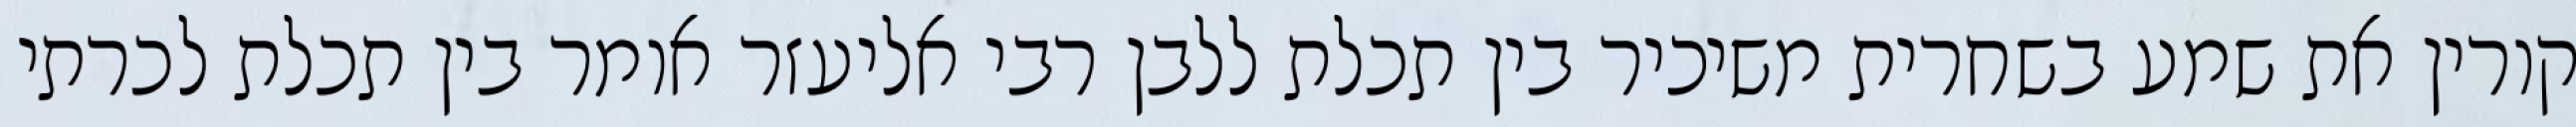
קורין את שמע בשחרית משיכיר בין תכלת ללבן רבי אליעזר אומר בין תכלת לכרתי